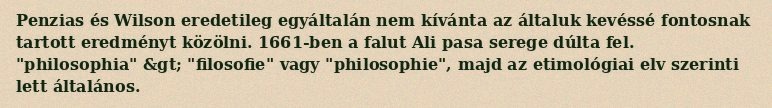
Penzias és Wilson eredetileg egyáltalán nem kívánta az általuk kevéssé fontosnak tartott eredményt közölni. 1661-ben a falut Ali pasa serege dúlta fel. "philosophia" &gt; "filosofie" vagy "philosophie", majd az etimológiai elv szerinti lett általános.